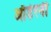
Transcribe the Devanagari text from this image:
ऑर्डरनी